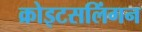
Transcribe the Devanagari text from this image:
क्रोइटसलिंगन